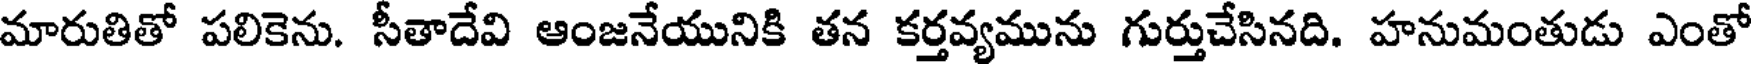
మారుతితో పలికెను. సీతాదేవి ఆంజనేయునికి తన కర్తవ్యమును గుర్తుచేసినది. హనుమంతుడు ఎంతో